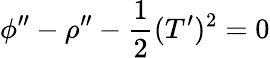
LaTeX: \phi^{\prime\prime}-\rho^{\prime\prime}-\frac{1}{2}(T^{\prime})^{2}=0